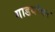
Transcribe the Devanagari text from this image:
गाडयांवर